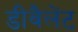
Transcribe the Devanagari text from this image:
डीवैलेंट